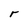
Character: r